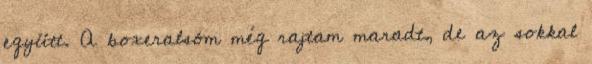
együtt. A boxeralsóm még rajtam maradt, de az sokkal